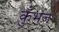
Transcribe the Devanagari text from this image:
कुँभज